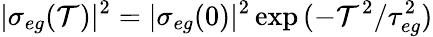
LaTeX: |\sigma_{eg}(\mathcal{T})|^{2}=|\sigma_{eg}(0)|^{2}\exp{(-\mathcal{T}^{2}/{\tau}_{eg}^{2})}